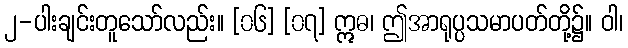
၂-ပါးချင်းတူသော်လည်း။ [၀၆] [၀၇] ဣဓ၊ ဤအာရုပ္ပသမာပတ်တို့၌။ ဝါ၊